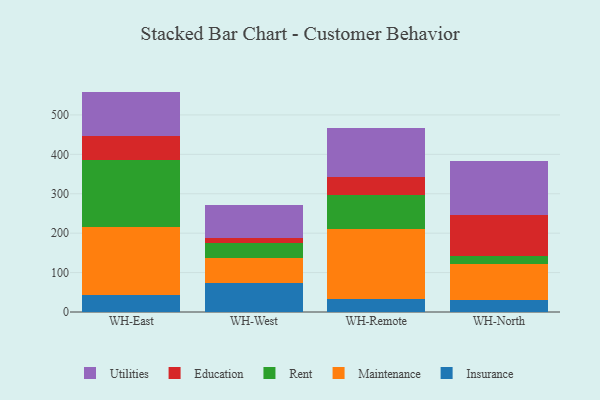
{"axis": {"x": "Warehouse", "y": "Churn Rate (%)"}, "legend": ["Education", "Insurance", "Maintenance", "Rent", "Utilities"], "data": [{"x": "WH-East", "y": 42.5, "type": "Insurance"}, {"x": "WH-East", "y": 173.1, "type": "Maintenance"}, {"x": "WH-East", "y": 169.4, "type": "Rent"}, {"x": "WH-East", "y": 61.3, "type": "Education"}, {"x": "WH-East", "y": 112.9, "type": "Utilities"}, {"x": "WH-West", "y": 73.2, "type": "Insurance"}, {"x": "WH-West", "y": 62.7, "type": "Maintenance"}, {"x": "WH-West", "y": 39.1, "type": "Rent"}, {"x": "WH-West", "y": 14.0, "type": "Education"}, {"x": "WH-West", "y": 82.3, "type": "Utilities"}, {"x": "WH-Remote", "y": 33.2, "type": "Insurance"}, {"x": "WH-Remote", "y": 176.5, "type": "Maintenance"}, {"x": "WH-Remote", "y": 87.8, "type": "Rent"}, {"x": "WH-Remote", "y": 44.2, "type": "Education"}, {"x": "WH-Remote", "y": 124.7, "type": "Utilities"}, {"x": "WH-North", "y": 29.4, "type": "Insurance"}, {"x": "WH-North", "y": 91.7, "type": "Maintenance"}, {"x": "WH-North", "y": 20.3, "type": "Rent"}, {"x": "WH-North", "y": 105.7, "type": "Education"}, {"x": "WH-North", "y": 137.0, "type": "Utilities"}]}